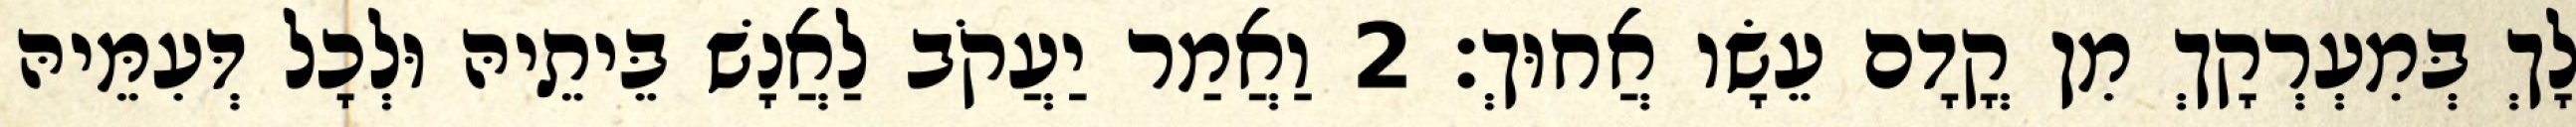
לָךְ בְּמִעְרְקָךְ מִן קֳדָם עֵשָׂו אֲחוּךְ׃ 2 וַאֲמַר יַעֲקֹב לַאֲנָשׁ בֵּיתֵיהּ וּלְכָל דְּעִמֵּיהּ